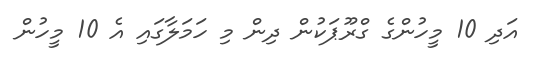
އަދި 10 މީހުންގެ ގްރޫޕަކުން ދިން މި ހަމަލާގައި އެ 10 މީހުން